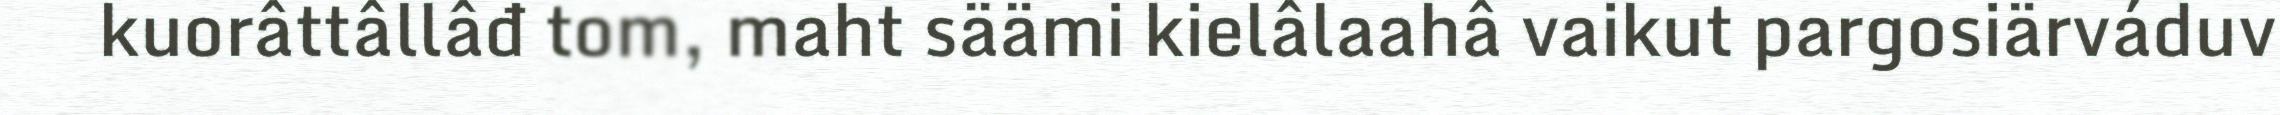
kuorâttâllâđ tom, maht säämi kielâlaahâ vaikut pargosiärváduv